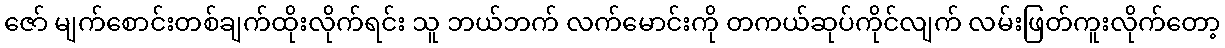
ဇော် မျက်စောင်းတစ်ချက်ထိုးလိုက်ရင်း သူ ဘယ်ဘက် လက်မောင်းကို တကယ်ဆုပ်ကိုင်လျက် လမ်းဖြတ်ကူးလိုက်တော့